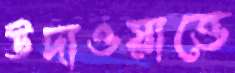
উদাওয়াত্তে